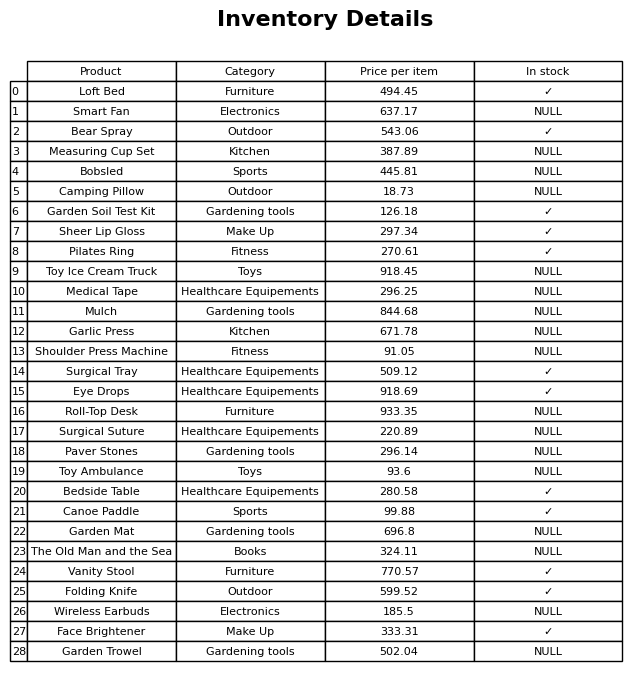
question: What is the price of the Measuring Cup Set?
answer: The price of Measuring Cup Set is 387.89.